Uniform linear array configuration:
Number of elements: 12
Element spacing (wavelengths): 1
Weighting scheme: hamming
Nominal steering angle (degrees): -15
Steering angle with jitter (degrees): -14.17
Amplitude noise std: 0.05
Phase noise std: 0.05

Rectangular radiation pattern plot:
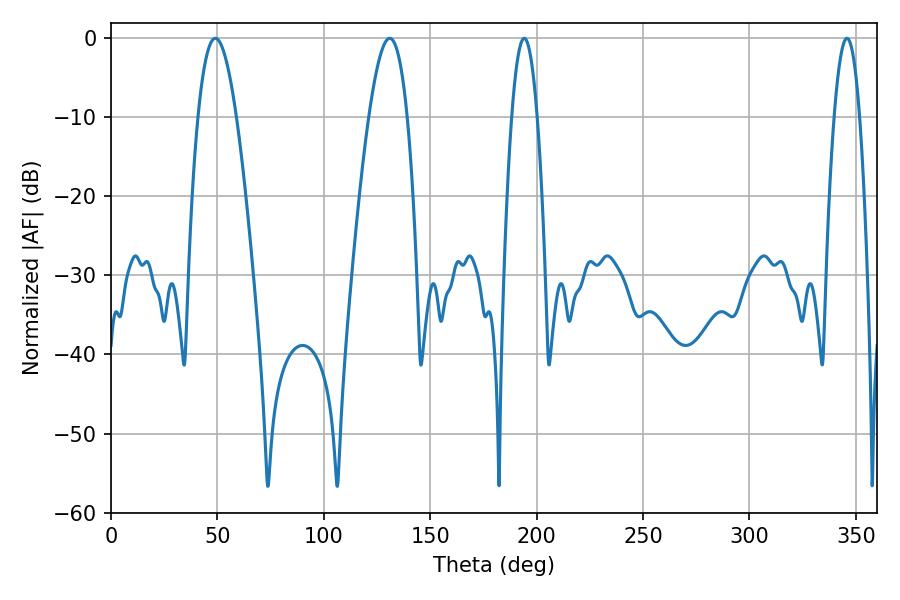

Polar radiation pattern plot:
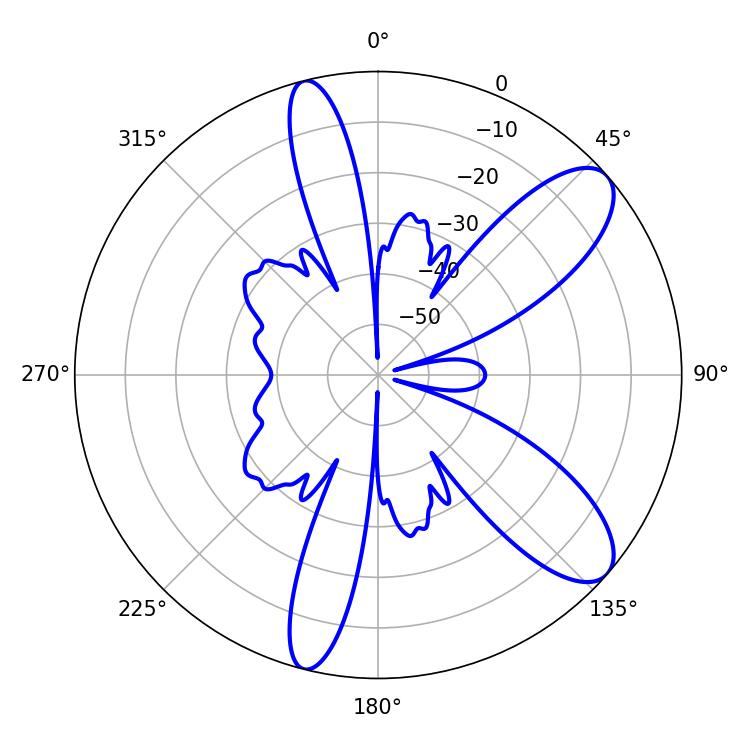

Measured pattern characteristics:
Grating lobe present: TRUE
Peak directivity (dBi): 9.585
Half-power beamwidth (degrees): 6.48
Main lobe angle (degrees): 194.22